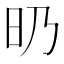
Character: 𣅅